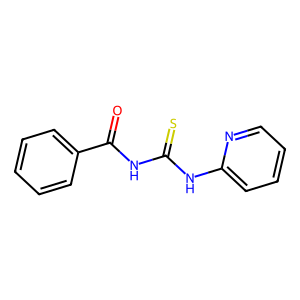
SMILES: O=C(NC(=S)Nc1ccccn1)c1ccccc1
Inhibits HIV replication: No